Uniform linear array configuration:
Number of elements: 12
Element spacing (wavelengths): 0.75
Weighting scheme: hamming
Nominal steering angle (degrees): -45
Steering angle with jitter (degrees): -46.806
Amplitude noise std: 0.05
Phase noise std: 0.05

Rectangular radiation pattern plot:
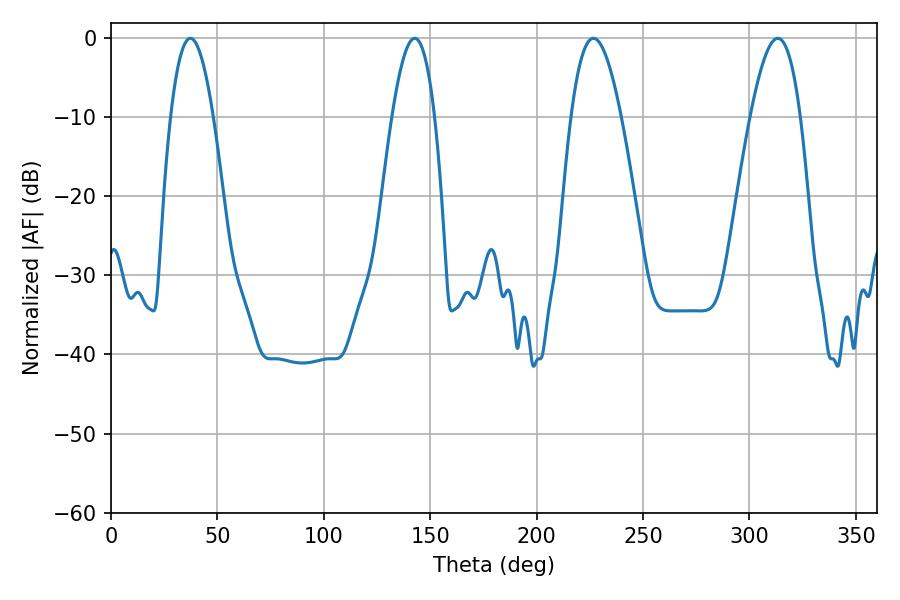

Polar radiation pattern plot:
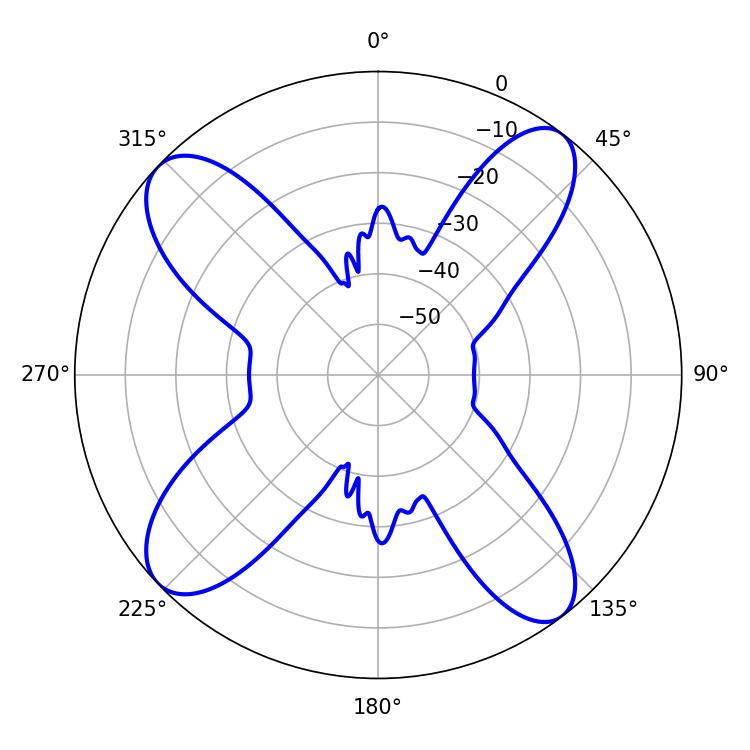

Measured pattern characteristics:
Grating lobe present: TRUE
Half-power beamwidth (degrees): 10.98
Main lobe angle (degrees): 37.26